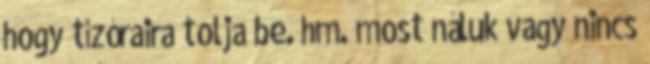
hogy tízóraira tolja be. hm. most náluk vagy nincs